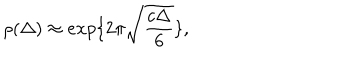
\rho ( \Delta ) \approx e x p \{ 2 \pi \sqrt { \frac { c \Delta } { 6 } } \} ,